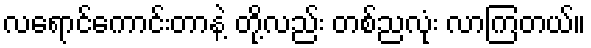
လရောင်ကောင်းတာနဲ့ တို့လည်း တစ်ညလုံး လာကြတယ်။